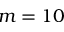
m = 1 0